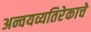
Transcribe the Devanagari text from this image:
अन्वयव्यतिरेकाचे